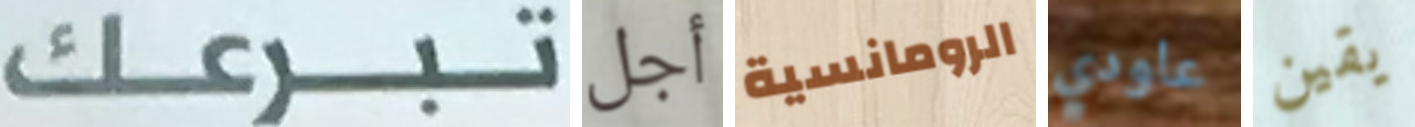
تبرعك أجل الرومانسية عاودي يقين